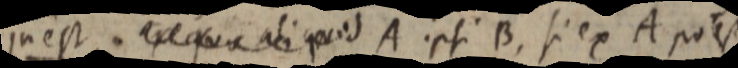
in est. _ quae aliquid A ipsi B, si ex A potest